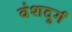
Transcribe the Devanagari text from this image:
वंशदुर्ग